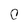
Character: C